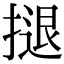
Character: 𢱸